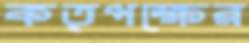
কতৃপক্ষের